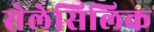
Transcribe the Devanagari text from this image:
सेलेसिलिक